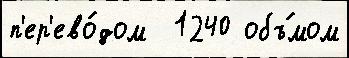
п'ер'ево́дом  1240 объ́мом